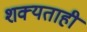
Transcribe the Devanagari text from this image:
शक्‍यताही